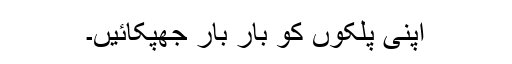
اپنی پلکوں کو بار بار جھپکائیں۔